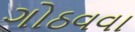
ગોઠવવા